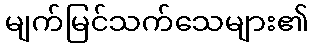
မျက်မြင်သက်သေများ၏